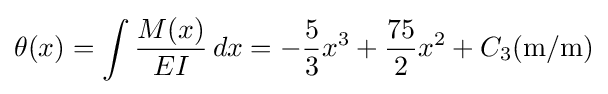
\theta (x)=\int {\frac {M(x)}{EI}}\,dx=-{\frac {5}{3}}x^{3}+{\frac {75}{2}}x^{2}+C_{3}({\textrm {m}}/{\textrm {m}})